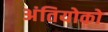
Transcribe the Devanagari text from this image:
अंतियोको